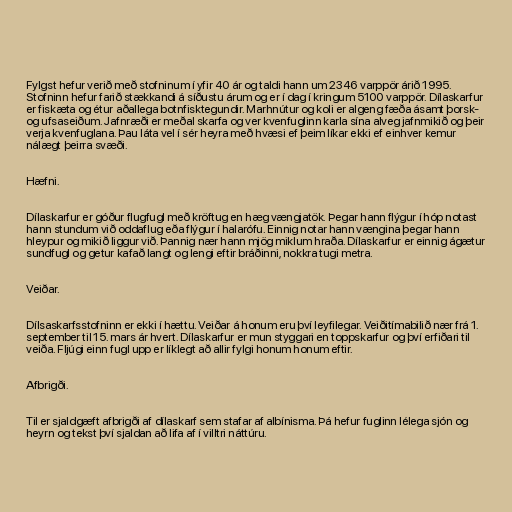
Fylgst hefur verið með stofninum í yfir 40 ár og taldi hann um 2346 varppör árið 1995.
Stofninn hefur farið stækkandi á síðustu árum og er í dag í kringum 5100 varppör. Dílaskarfur
er fiskæta og étur aðallega botnfisktegundir. Marhnútur og koli er algeng fæða ásamt þorsk-
og ufsaseiðum. Jafnræði er meðal skarfa og ver kvenfuglinn karla sína alveg jafnmikið og þeir
verja kvenfuglana. Þau láta vel í sér heyra með hvæsi ef þeim líkar ekki ef einhver kemur
nálægt þeirra svæði.

Hæfni.

Dílaskarfur er góður flugfugl með kröftug en hæg vængjatök. Þegar hann flýgur í hóp notast
hann stundum við oddaflug eða flýgur í halarófu. Einnig notar hann vængina þegar hann
hleypur og mikið liggur við. Þannig nær hann mjög miklum hraða. Dílaskarfur er einnig ágætur
sundfugl og getur kafað langt og lengi eftir bráðinni, nokkra tugi metra.

Veiðar.

Dílsaskarfsstofninn er ekki í hættu. Veiðar á honum eru því leyfilegar. Veiðitímabilið nær frá 1.
september til 15. mars ár hvert. Dílaskarfur er mun styggari en toppskarfur og því erfiðari til
veiða. Fljúgi einn fugl upp er líklegt að allir fylgi honum honum eftir.

Afbrigði.

Til er sjaldgæft afbrigði af dílaskarf sem stafar af albínisma. Þá hefur fuglinn lélega sjón og
heyrn og tekst því sjaldan að lifa af í villtri náttúru.